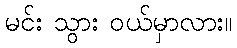
မင်း သွား ဝယ်မှာလား။